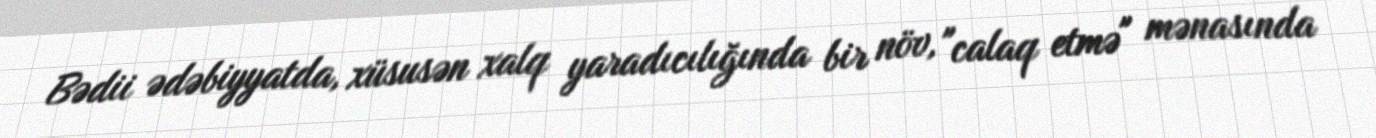
Bədii ədəbiyyatda, xüsusən xalq yaradıcılığında bir növ, "calaq etmə" mənasında